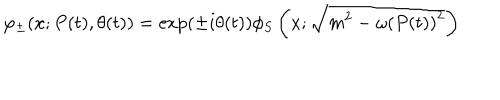
LaTeX: \varphi _ { \pm } ( x ; P ( t ) , \theta ( t ) ) = \exp ( \pm i \theta ( t ) ) \phi _ { S } \left( x ; \sqrt { m ^ { 2 } - \omega \left( P ( t ) \right) ^ { 2 } } \right)